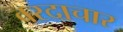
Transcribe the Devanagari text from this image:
वरदाचार